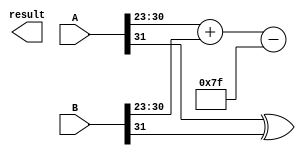
module radix4_fp_multiplier(
    input [31:0] A,      // Input A (single-precision)
    input [31:0] B,      // Input B (single-precision)
    output reg [31:0] result // Output result (single-precision)
);

    // IEEE 754 components
    wire signA = A[31];
    wire signB = B[31];
    wire [7:0] expA = A[30:23];
    wire [7:0] expB = B[30:23];
    wire [22:0] sigA = A[22:0];
    wire [22:0] sigB = B[22:0];

    // Sign of the result
    wire result_sign = signA ^ signB;

    // Exponent calculation
    wire [7:0] bias = 8'd127;
    wire [8:0] result_exp = {1'b0, expA} + {1'b0, expB} - bias;

    // Significand multiplication (Radix-4 Booth's algorithm)
    reg [45:0] sigA_ext = {1'b1, sigA}; // Extended significand A
    reg [45:0] sigB_ext = {1'b1, sigB}; // Extended significand B
    reg [46:0] partial_products [0:3]; // Partial products storage
    reg [46:0] accumulator; // Accumulator for partial products

    integer i;

    // Generate partial products based on Radix-4 encoding
    always @(*) begin
        // Initialize accumulator
        accumulator = 0;

        // Booth's algorithm grouping (assumes 23 bits for sigA and sigB)
        for (i = 0; i < 23; i = i + 2) begin
            case ({sigA_ext[i+1], sigA_ext[i], sigB_ext[i+1]})
                3'b000: partial_products[i/2] = 0; // 0
                3'b001: partial_products[i/2] = sigB_ext; // +1
                3'b010: partial_products[i/2] = -sigB_ext; // -1
                3'b011: partial_products[i/2] = sigB_ext << 1; // +2
                3'b100: partial_products[i/2] = -sigB_ext << 1; // -2
                default: partial_products[i/2] = 0; // Other cases treated as 0
            endcase
            accumulator = accumulator + partial_products[i/2];
        end
    end

    // Result assembly with normalization
    always @(*) begin
        // Normalization (simple right shift for this example)
        result = {result_sign, result_exp[7:0], accumulator[45:23]}; // Truncate for simplicity
    end

endmodule